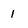
Character: 1